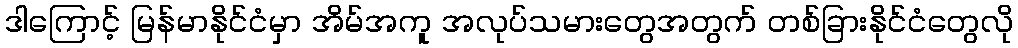
ဒါကြောင့် မြန်မာနိုင်ငံမှာ အိမ်အကူ အလုပ်သမားတွေအတွက် တစ်ခြားနိုင်ငံတွေလို